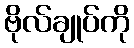
ဗိုလ်ချုပ်ကို